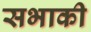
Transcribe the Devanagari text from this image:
सभाकी